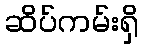
ဆိပ်ကမ်းရှိ